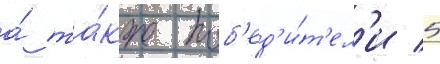
а́ та́кже поб'ед'и́т'ел'и 5